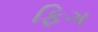
ફિગ